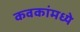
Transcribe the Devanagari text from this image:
कवकांमध्ये